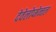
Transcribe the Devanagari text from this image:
देवेलोप्मेन्तल